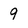
Character: 9